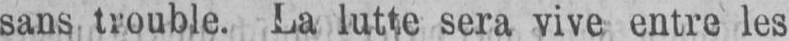
sans trouble. La lutte sera vive entre les